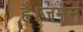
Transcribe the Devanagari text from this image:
है।जर्मन